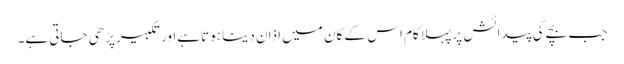
جب بچے کی پیدائش پر پہلا کام اس کے کان میں اذان دینا ہوتا ہےاور تکبیر پڑھی جاتی ہے۔